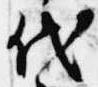
代